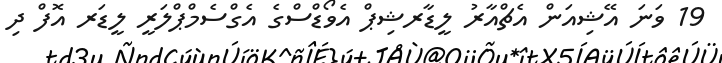
19 ވަނަ އޭޝިއަން އެޗްއާރު ލީޑާރޝިޕް އެވޯޑްސްގެ އެގްސެމްޕްލަރީ ލީޑަރ އޮފް ދި